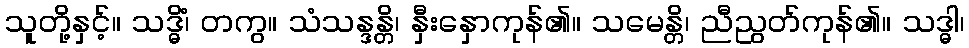
သူတို့နှင့်။ သဒ္ဓိံ၊ တကွ။ သံသန္ဒန္တိ၊ နှီးနှောကုန်၏။ သမေန္တိ၊ ညီညွတ်ကုန်၏။ သဒ္ဓါ၊